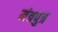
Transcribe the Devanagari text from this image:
मंत्रपुत्र